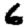
Digit: 6